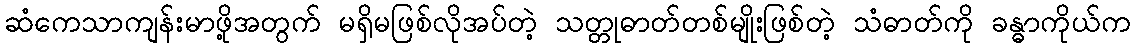
ဆံကေသာကျန်းမာဖို့အတွက် မရှိမဖြစ်လိုအပ်တဲ့ သတ္တုဓာတ်တစ်မျိုးဖြစ်တဲ့ သံဓာတ်ကို ခန္ဓာကိုယ်က